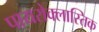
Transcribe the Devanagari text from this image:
पायरोक्लास्तिक